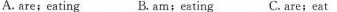
A. are; eating B. Am;eating C. Are; eat